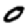
Digit: 0